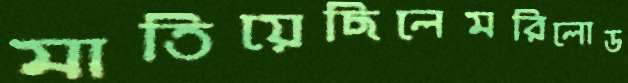
মাতিয়েছিলেমরিলোড